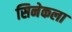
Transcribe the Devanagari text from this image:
सिनेकला